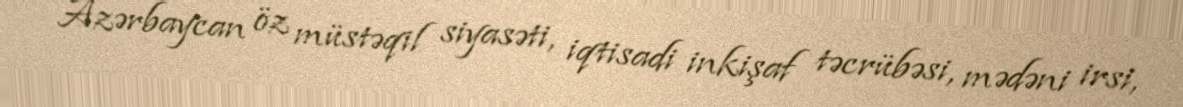
Azərbaycan öz müstəqil siyasəti, iqtisadi inkişaf təcrübəsi, mədəni irsi,